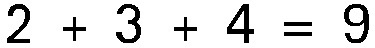
2 + 3 + 4 = 9